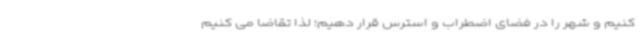
کنیم و شهر را در فضای اضطراب و استرس قرار دهیم؛ لذا تقاضا می کنیم